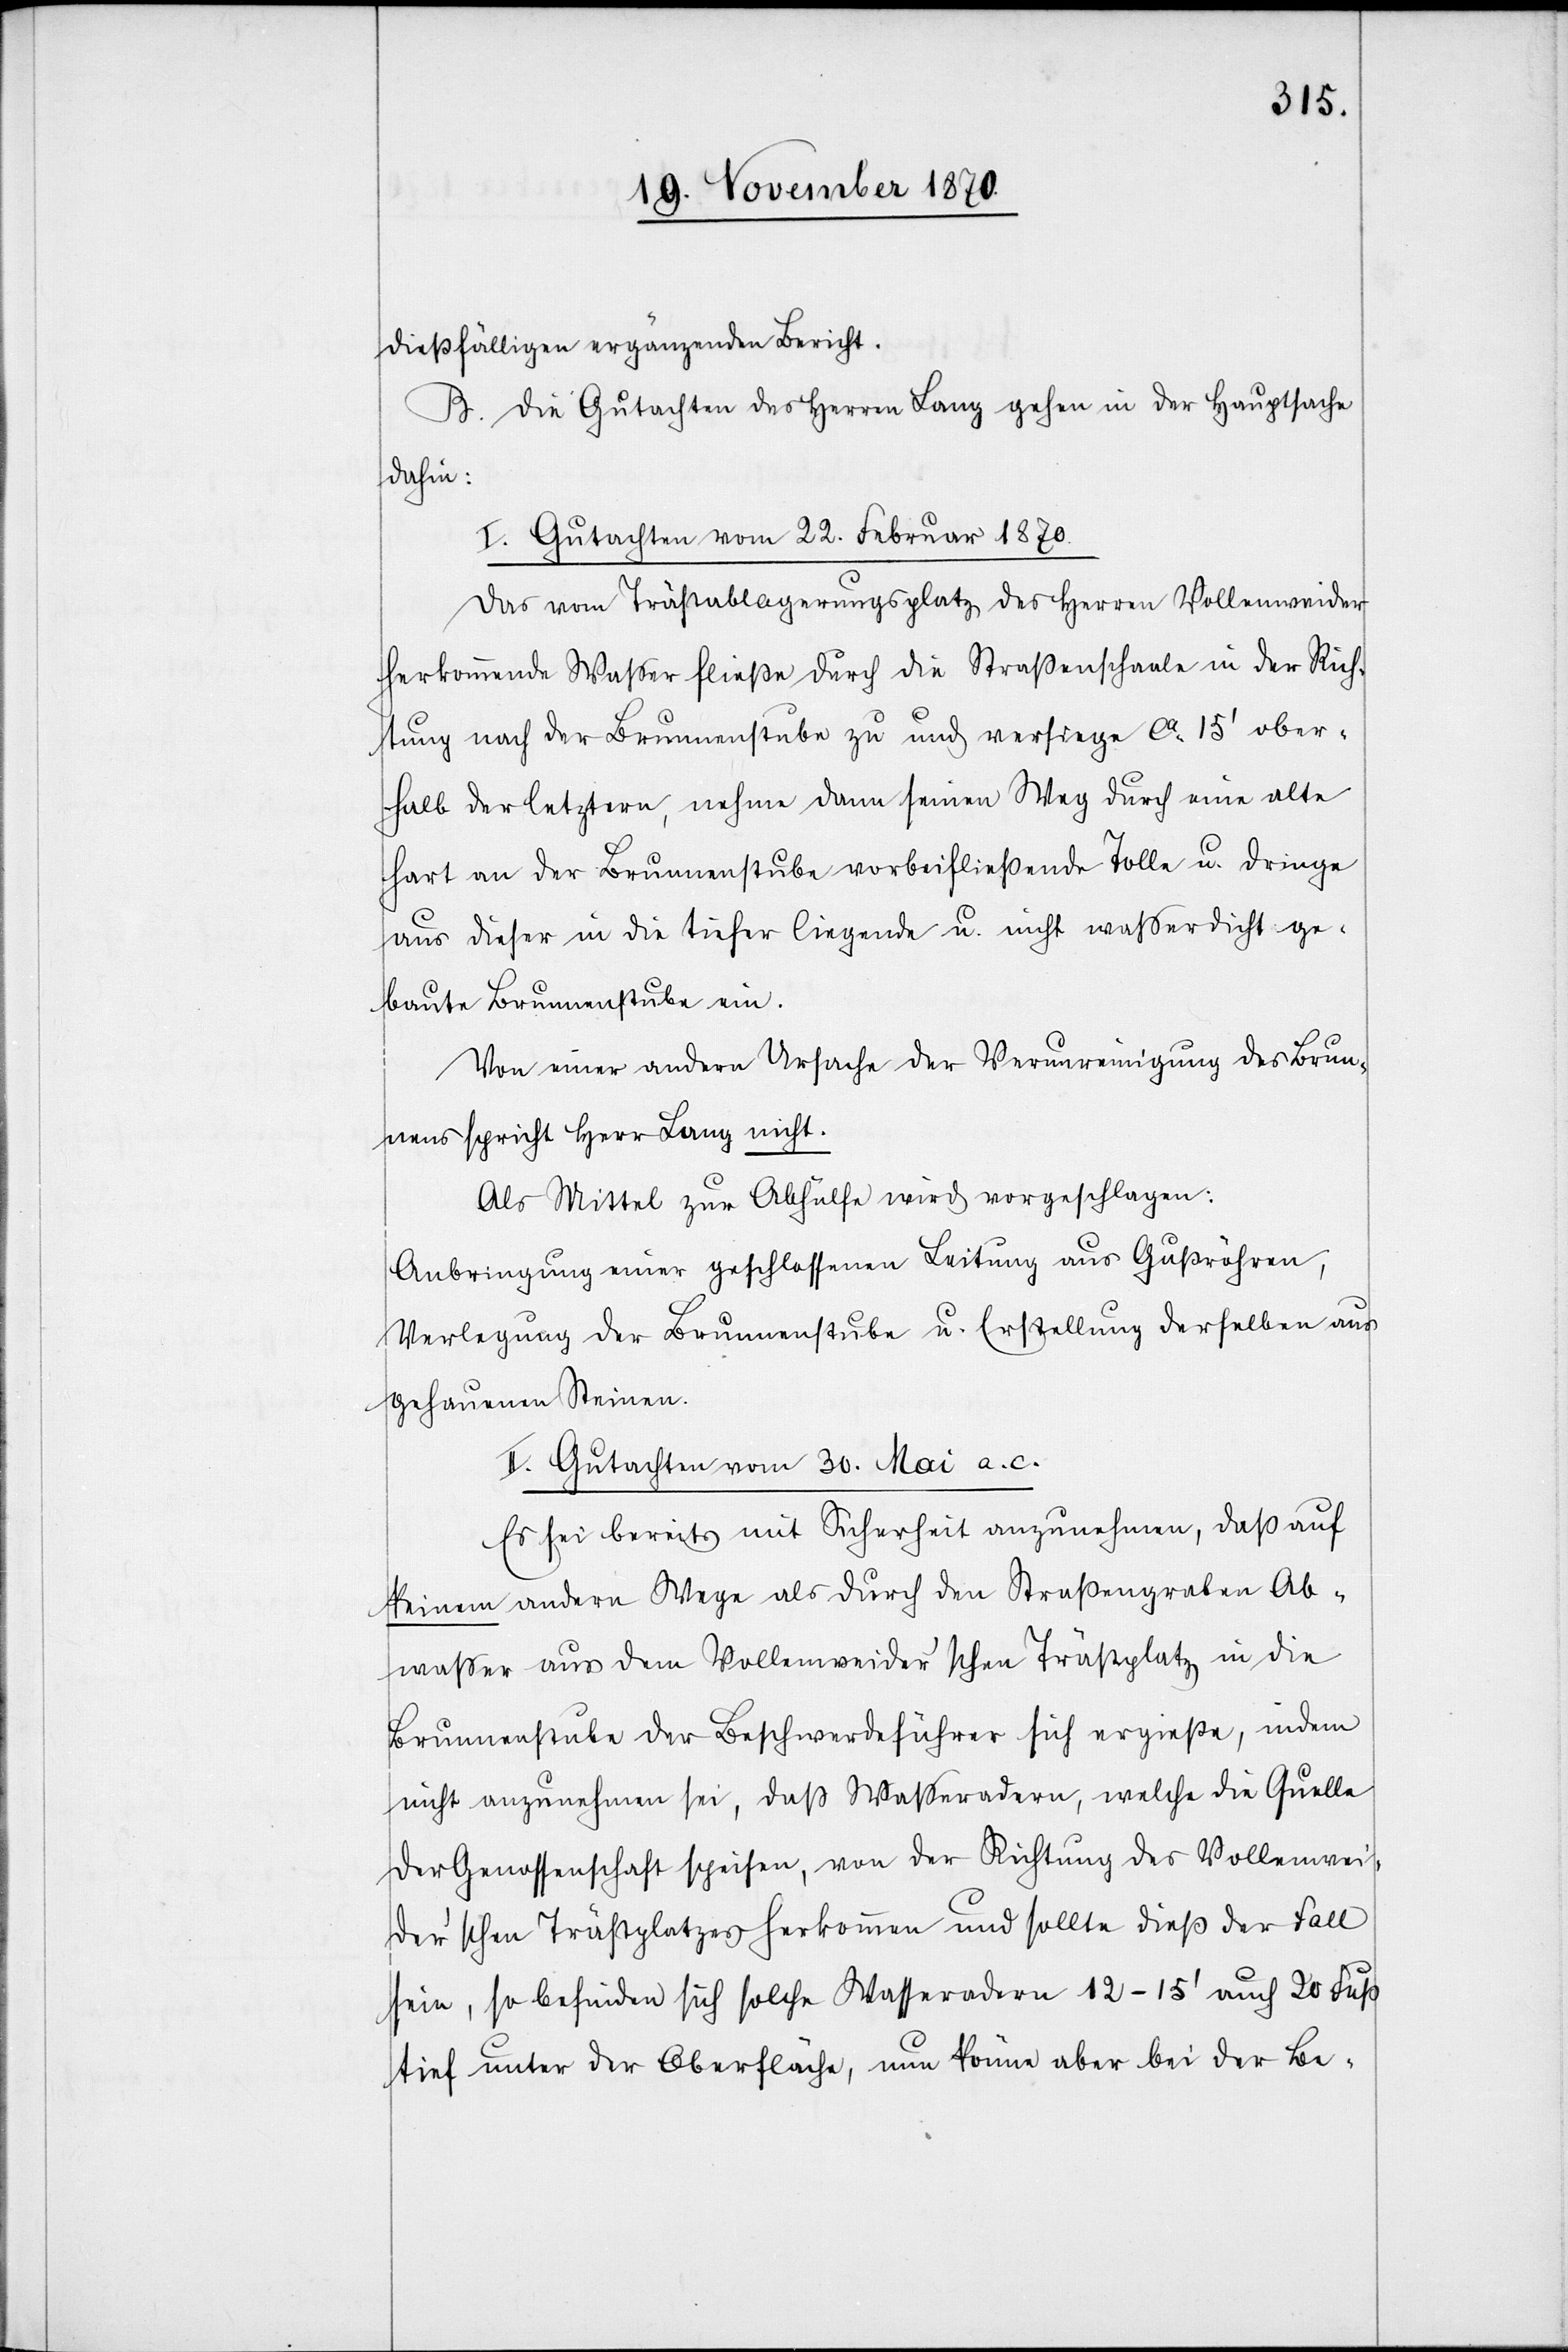
dießfälligen ergänzenden Bericht.
B. Die Gutachten des Herren Lang gehen in der Hauptsache
dahin:
I. Gutachten vom 22. Februar 1870.
Das vom Trästablagerungsplatz des Herren Vollenweider
herkommende Waßer fließe durch die Straßenschaale in der Rich¬
tung nach der Brunnenstube zu und versiege ca. 15’ ober¬
halb der letztern, nehme dann seinen Weg durch eine alte
hart an der Brunnenstube vorbeifließende Tolle u. dringe
aus dieser in die tiefer liegende u. nicht wasserdicht ge¬
baute Brunnenstube ein.
Von einer andern Ursache der Verunreinigung des Brun¬
nens spricht Herr Lang nicht.
Als Mittel zur Abhülfe wird vorgeschlagen:
Anbringung einer geschlossenen Leitung aus Gußröhren,
Verlegung der Brunnenstube u. Erstellung derselben aus
gehauenen Steinen.
II. Gutachten vom 30. Mai a. c.
Es sei bereits mit Sicherheit anzunehmen, daß auf
keinem andern Wege als durch den Straßengraben Ab¬
wasser aus dem Vollenweider’schen Trästplatz in die
Brunnenstube der Beschwerdeführer sich ergieße, indem
nicht anzunehmen sei, daß Waßeradern, welche die Quelle
der Genossenschaft speisen, von der Richtung des Vollenwei¬
der’schen Trästplatzes herkommen und sollte dieß der Fall
sei, so befinden sich solche Waßeradern 12–15’ auch 20 Fuß
tief unter der Oberfläche, nun könne aber bei der Be-